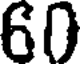
60